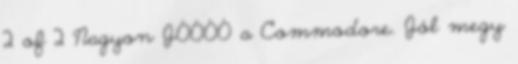
2 of 2 Nagyon JÓÓÓÓ a Commodore. Jól megy